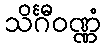
သိင်္ဂီဝဏ္ဏံ